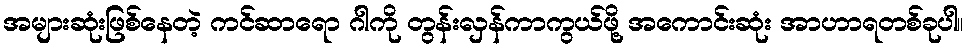
အများဆုံးဖြစ်နေတဲ့ ကင်ဆာရော ဂါကို တွန်းလှန်ကာကွယ်ဖို့ အကောင်းဆုံး အာဟာရတစ်ခုပါ။